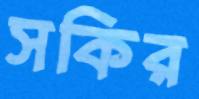
সকির